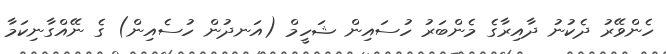
ހެންވޭރު ދެކުނު ދާއިރާގެ މެންބަރު ހުސައިން ޝަހީމް (އަނދުން ހުސެއިން) ގެ ނޭއްގާނިކަމާ